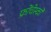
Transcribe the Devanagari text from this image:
फ्रोंचेस्को